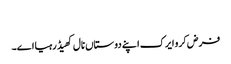
‏
فرض کرو ایرک اپنے دوستاں نال کھیڈ رہیا اے۔